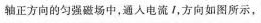
轴正方向的匀强磁场中，通入电流 i，方向如图所示，